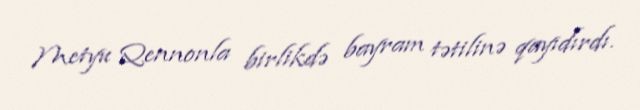
Metyu Qennonla birlikdə bayram tətilinə qayıdırdı.